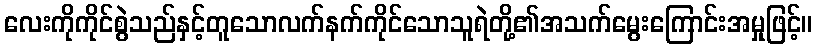
လေးကိုကိုင်စွဲသည်နှင့်တူသောလက်နက်ကိုင်သောသူရဲတို့၏အသက်မွေးကြောင်းအမှုဖြင့်။